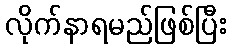
လိုက်နာရမည်ဖြစ်ပြီး